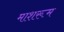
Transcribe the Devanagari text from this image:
माशरूम